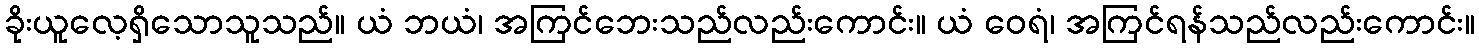
ခိုးယူလေ့ရှိသောသူသည်။ ယံ ဘယံ၊ အကြင်ဘေးသည်လည်းကောင်း။ ယံ ဝေရံ၊ အကြင်ရန်သည်လည်းကောင်း။